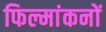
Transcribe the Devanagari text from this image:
फिल्मांकनों